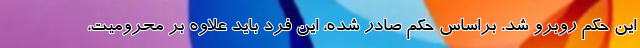
این حکم روبرو شد. براساس حکم صادر شده، این فرد باید علاوه بر محرومیت،